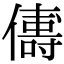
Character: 𬿻